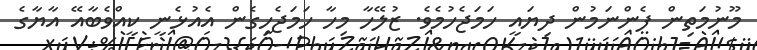
މޫނުމަތިން ފެންނަމުން ދިޔައީ ހަމަޖެހުމެވެ. ޒުލޭހާ މިހާ ހަމަޖެހިގެން އެއުޅެނީ ކީއްވެބާއޭ އާޔާގެ